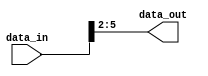
module part_select_assign (
    input [7:0] data_in,
    output [3:0] data_out
);

assign data_out = data_in[2:5];

endmodule